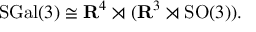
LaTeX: \mathrm { S G a l } ( 3 ) \cong \mathbf { R } ^ { 4 } \rtimes ( \mathbf { R } ^ { 3 } \rtimes \mathrm { S O } ( 3 ) ) .